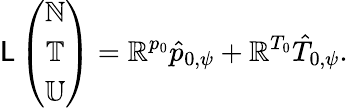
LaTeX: \mathsf{L}\left(\begin{array}{c}{\mathbb{N}}\\ {\mathbb{T}}\\ {\mathbb{U}}\end{array}\right)=\mathbb{R}^{p_{0}}\hat{p}_{0,\psi}+\mathbb{R}^{T_{0}}\hat{T}_{0,\psi}.